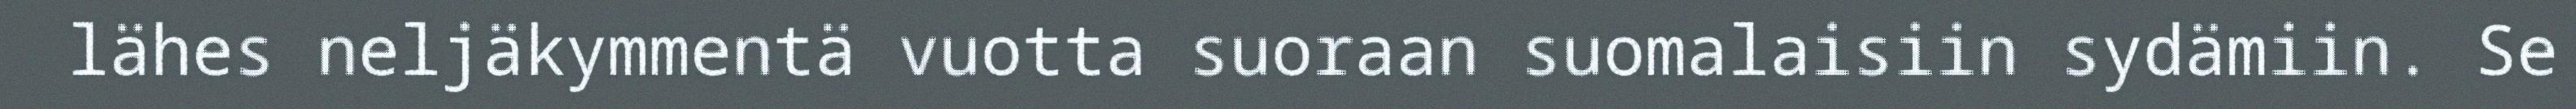
lähes neljäkymmentä vuotta suoraan suomalaisiin sydämiin. Se